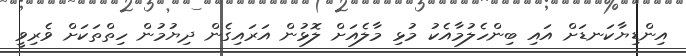
އިންޑިޔާކަނޑަށް އައި ބިންހެލުމާއެކު މުޅި މާލެއަށް ލޮޅުން އަރައިގެން ދިޔުމުން ހިތްތަކަށް ވެރިވީ